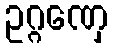
ဥဂ္ဂဏှေ